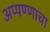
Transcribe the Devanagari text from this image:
अप्पण्णाचा